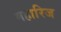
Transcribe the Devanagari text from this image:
महारिज